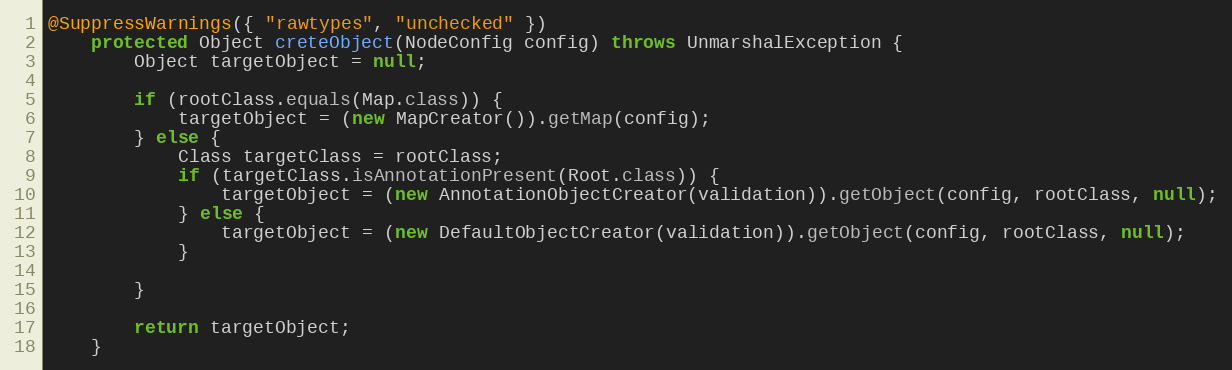
Language: Java
@SuppressWarnings({ "rawtypes", "unchecked" })
	protected Object creteObject(NodeConfig config) throws UnmarshalException {
		Object targetObject = null;

		if (rootClass.equals(Map.class)) {
			targetObject = (new MapCreator()).getMap(config);
		} else {
			Class targetClass = rootClass;
			if (targetClass.isAnnotationPresent(Root.class)) {
				targetObject = (new AnnotationObjectCreator(validation)).getObject(config, rootClass, null);
			} else {
				targetObject = (new DefaultObjectCreator(validation)).getObject(config, rootClass, null);
			}

		}

		return targetObject;
	}